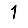
Digit: 1